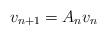
LaTeX: \begin{align*}v_{n+1}=A_nv_n \end{align*}